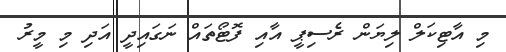
މި އާޓިކަލް ލިޔަން ރެސިޕީ އާއި ފޮޓޯތައް ނަގައިދީ އަދި މި މީރު